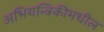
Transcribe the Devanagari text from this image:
अभियन्त्रिकीमधील